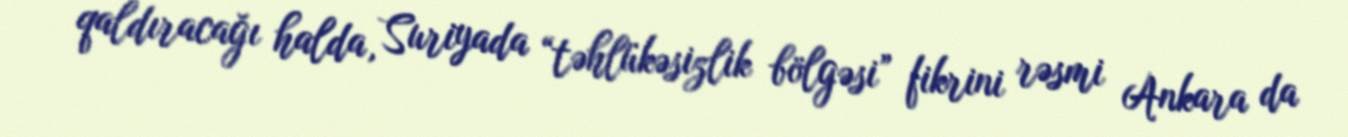
qaldıracağı halda, Suriyada “təhlükəsizlik bölgəsi” fikrini rəsmi Ankara da